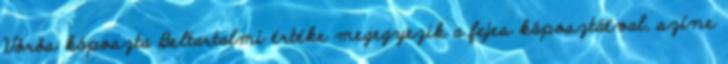
Vörös káposzta Beltartalmi értéke megegyezik a fejes káposztáéval, színe